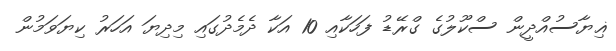
ޣިޔާސުއްދީން ސްކޫލުގެ ގްރޭޑު ފަހަކާއި 10 އަކާ ދެމެދުގައި މިދިޔަ އަހަރު ކިޔަވަމުން